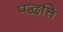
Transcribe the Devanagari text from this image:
पद्वत्ति